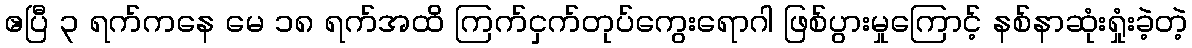
ဧပြီ ၃ ရက်ကနေ မေ ၁၈ ရက်အထိ ကြက်ငှက်တုပ်ကွေးရောဂါ ဖြစ်ပွားမှုကြောင့် နစ်နာဆုံးရှုံးခဲ့တဲ့